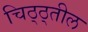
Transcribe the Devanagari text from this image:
चिठ्ठ्तील